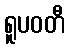
ရူပဝတီ